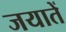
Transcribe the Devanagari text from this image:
जयातें